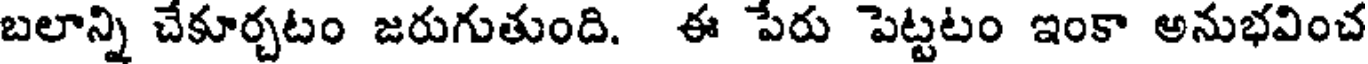
బలాన్ని చేకూర్చటం జరుగుతుంది. ఈ పేరు పెట్టటం ఇంకా అనుభవించ